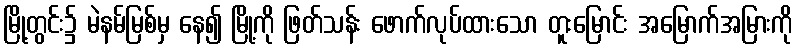
မြို့တွင်း၌ မဲနမ်မြစ်မှ နေ၍ မြို့ကို ဖြတ်သန်း ဖောက်လုပ်ထားသော တူးမြောင်း အမြောက်အမြားကို